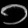
Digit: ၁